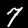
Label: 7